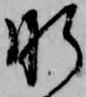
肝